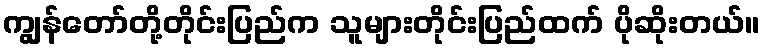
ကျွန်တော်တို့တိုင်းပြည်က သူများတိုင်းပြည်ထက် ပိုဆိုးတယ်။